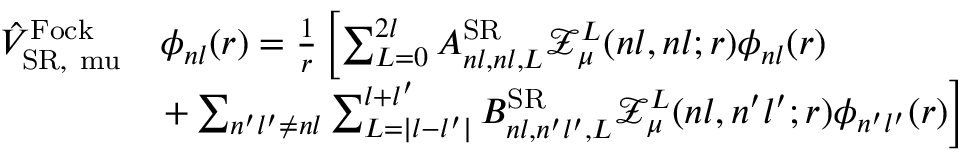
\begin{array} { r l } { \hat { V } _ { \mathrm { S R , \ m u } } ^ { \mathrm { F o c k } } } & { \phi _ { n l } ( r ) = \frac { 1 } { r } \left[ \sum _ { L = 0 } ^ { 2 l } A _ { n l , n l , L } ^ { \mathrm { S R } } \mathcal { Z } _ { \mu } ^ { L } ( n l , n l ; r ) \phi _ { n l } ( r ) \right. } \\ & { \left. + \sum _ { n ^ { \prime } l ^ { \prime } \neq n l } \sum _ { L = | l - l ^ { \prime } | } ^ { l + l ^ { \prime } } B _ { n l , n ^ { \prime } l ^ { \prime } , L } ^ { \mathrm { S R } } \mathcal { Z } _ { \mu } ^ { L } ( n l , n ^ { \prime } l ^ { \prime } ; r ) \phi _ { n ^ { \prime } l ^ { \prime } } ( r ) \right] } \end{array}